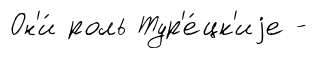
Он'и́ роль Тур'е́цк'иjе -